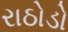
રાઠોડો